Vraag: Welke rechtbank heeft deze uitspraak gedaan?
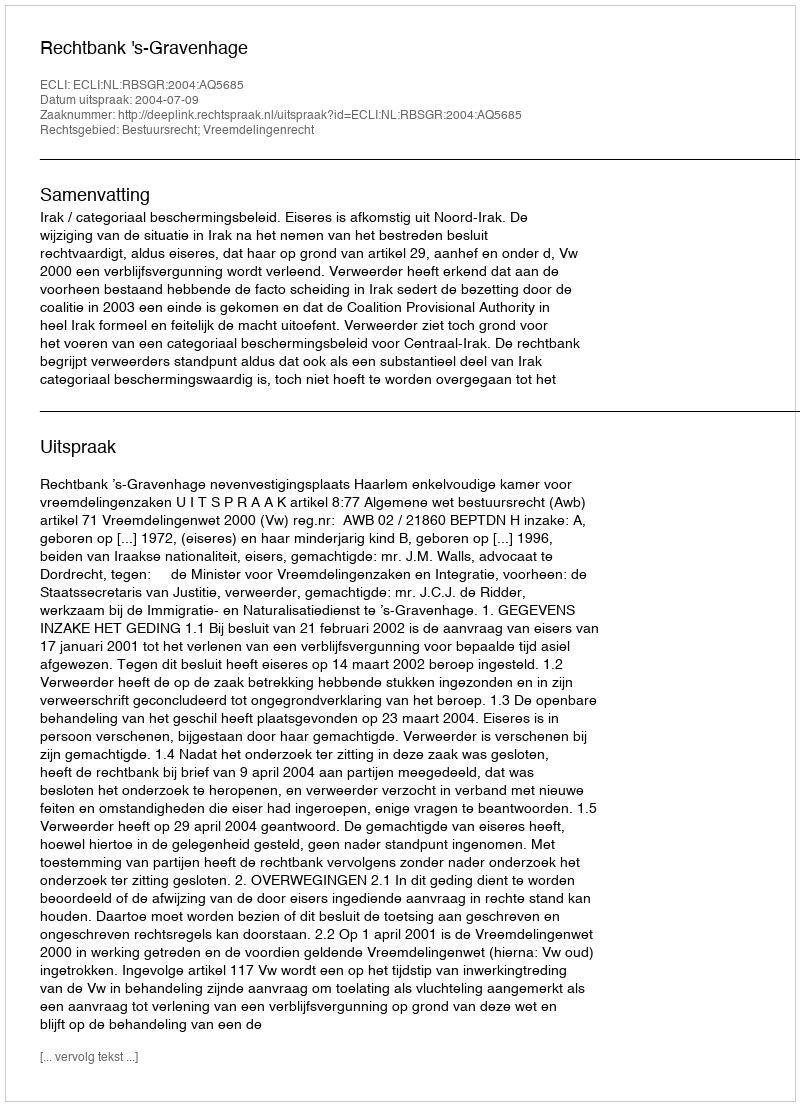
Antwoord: Rechtbank 's-Gravenhage